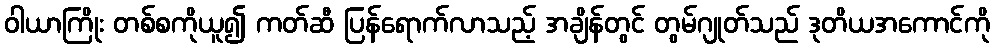
ဝါယာကြိုး တစ်စကိုယူ၍ ကတ်ဆီ ပြန်ရောက်လာသည့် အချိန်တွင် တွမ်ဂျုတ်သည် ဒုတိယအကောင်ကို